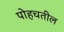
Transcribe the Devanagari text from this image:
पोहचतील